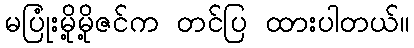
မပြုံးမို့မို့ဇင်က တင်ပြ ထားပါတယ်။